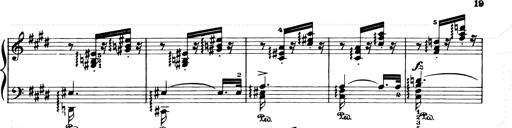
Title: Consolations and LiebestrÃ¤ume for the Piano
Composer: Franz Liszt